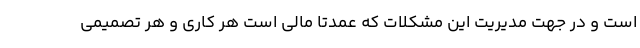
است و در جهت مدیریت این مشکلات که عمدتا مالی است هر کاری و هر تصمیمی